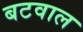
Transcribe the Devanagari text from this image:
बटवाल